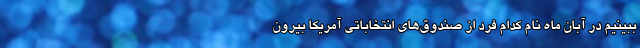
ببینیم در آبان ماه نام کدام فرد از صندوق‌های انتخاباتی آمریکا بیرون